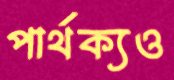
পার্থক্যও